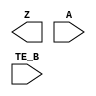
module sky130_fd_sc_ms__ebufn (
    Z   ,
    A   ,
    TE_B
);

    output Z   ;
    input  A   ;
    input  TE_B;

    // Voltage supply signals
    supply1 VPWR;
    supply0 VGND;
    supply1 VPB ;
    supply0 VNB ;

endmodule